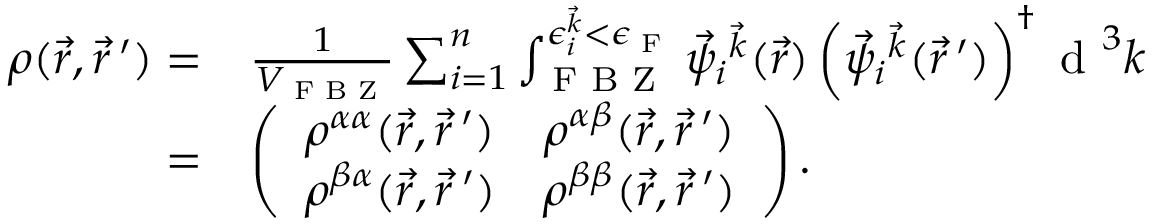
\begin{array} { r l } { \boldsymbol { \rho } ( \vec { r } , \vec { r } \, ^ { \prime } ) = } & { \frac { 1 } { V _ { \textrm { F B Z } } } \sum _ { i = 1 } ^ { n } \int _ { \textrm { F B Z } } ^ { \epsilon _ { i } ^ { \vec { k } } < \epsilon _ { \textrm { F } } } \vec { \psi } _ { i } { ^ { \vec { k } } } ( \vec { r } ) \left( \vec { \psi } _ { i } { ^ { \vec { k } } } ( \vec { r } \, ^ { \prime } ) \right) ^ { \dagger } \textrm { d } ^ { 3 } k } \\ { = } & { \left( \begin{array} { c c } { \rho ^ { \alpha \alpha } ( \vec { r } , \vec { r } \, ^ { \prime } ) } & { \rho ^ { \alpha \beta } ( \vec { r } , \vec { r } \, ^ { \prime } ) } \\ { \rho ^ { \beta \alpha } ( \vec { r } , \vec { r } \, ^ { \prime } ) } & { \rho ^ { \beta \beta } ( \vec { r } , \vec { r } \, ^ { \prime } ) } \end{array} \right) . } \end{array}